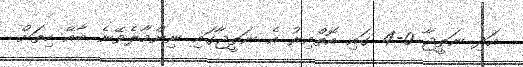
އަދި ނަތީޖާ 0-4 ގައި އޮތްއިރު އެ ނަތީޖާގައި ނިންމާލެވޭނެ ބާއޭ ހިތަށް